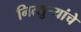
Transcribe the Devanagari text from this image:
नित्सुर्‍यांचे